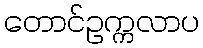
တောင်ဥက္ကလာပ